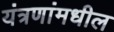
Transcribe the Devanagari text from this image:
यंत्रणांमधील